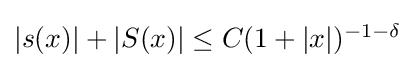
{\textstyle |s(x)|+|S(x)|\leq C(1+|x|)^{-1-\delta }}